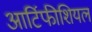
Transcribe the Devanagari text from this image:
आर्टिफीशियल